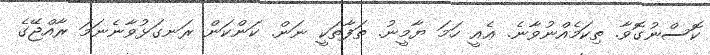
ކޮސްނުގޮވާ. ތިކަމެއްނުވާނެ. ޢެއީ ހަމަ ޔާމީނު. ތަފާތަކީ ނަން. ކަންކަން ރަނގަޅުވާނެނަމަ ރާއްޖޭގެ